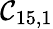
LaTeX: \mathcal{C}_{15,1}